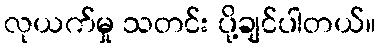
လုယက်မှု သတင်း ပို့ချင်ပါတယ်။